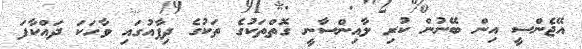
އޭޖެންސީ އިން ބޭނުން ކުރި ލާއިންސާނީ ގޮތްތަކުގެ ތަކުގެ ދިފާއުގައި ވާހަކަ ދައްކާފަ